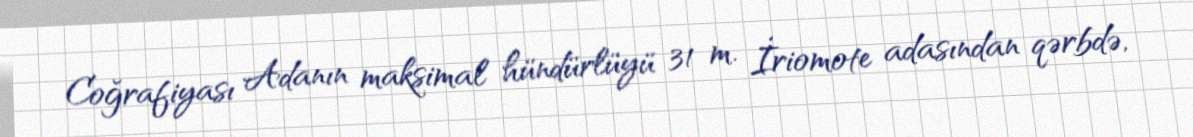
Coğrafiyası Adanın maksimal hündürlüyü 31 m. İriomote adasından qərbdə,